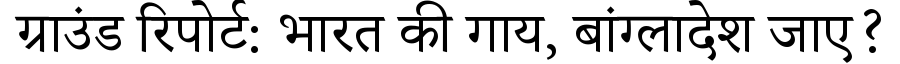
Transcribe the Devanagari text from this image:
ग्राउंड रिपोर्ट: भारत की गाय, बांग्लादेश जाए?